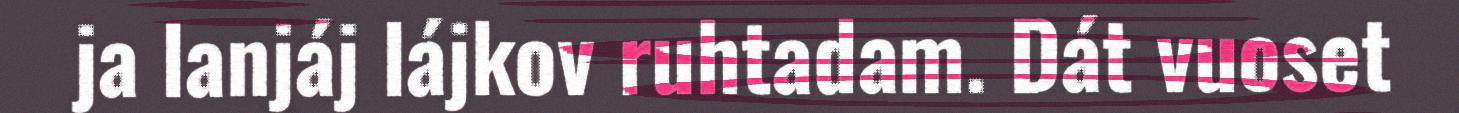
ja lanjáj lájkov ruhtadam. Dát vuoset